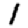
Digit: 1